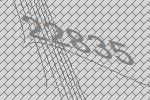
22835